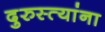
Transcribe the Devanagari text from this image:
दुरुस्त्यांना